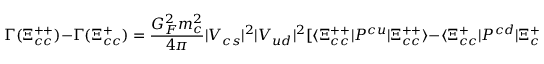
\Gamma ( \Xi _ { c c } ^ { + + } ) - \Gamma ( \Xi _ { c c } ^ { + } ) = \frac { G _ { F } ^ { 2 } m _ { c } ^ { 2 } } { 4 \pi } | V _ { c s } | ^ { 2 } | V _ { u d } | ^ { 2 } [ \langle \Xi _ { c c } ^ { + + } | P ^ { c u } | \Xi _ { c c } ^ { + + } \rangle - \langle \Xi _ { c c } ^ { + } | P ^ { c d } | \Xi _ { c c } ^ { + } \rangle ] \, ,